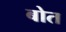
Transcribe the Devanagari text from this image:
बोत